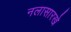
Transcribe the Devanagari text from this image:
नलासारखे